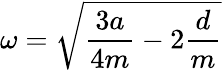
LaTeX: \omega=\sqrt{\frac{3a}{4m}-2\frac{d}{m}}